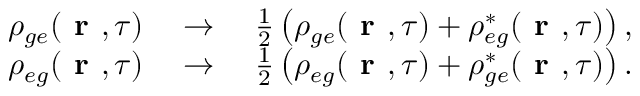
\begin{array} { r } { \rho _ { g e } ( \textbf { r } , \tau ) \quad \to \quad \frac { 1 } { 2 } \left( \rho _ { g e } ( \textbf { r } , \tau ) + \rho _ { e g } ^ { * } ( \textbf { r } , \tau ) \right) , } \\ { \rho _ { e g } ( \textbf { r } , \tau ) \quad \to \quad \frac { 1 } { 2 } \left( \rho _ { e g } ( \textbf { r } , \tau ) + \rho _ { g e } ^ { * } ( \textbf { r } , \tau ) \right) . } \end{array}